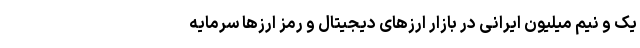
یک و نیم میلیون ایرانی در بازار ارزهای دیجیتال و رمز ارزها سرمایه